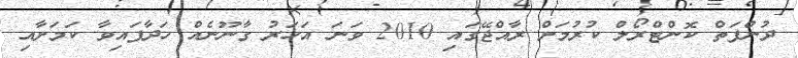
ދުންފަތް ކޮންޓްރޯލް ކުރުމަށް ރާއްޖޭގައި 2010 ވަނަ އަހަރު ގާނޫނެއް ހަދާފައިވާ ކަމަށާއި